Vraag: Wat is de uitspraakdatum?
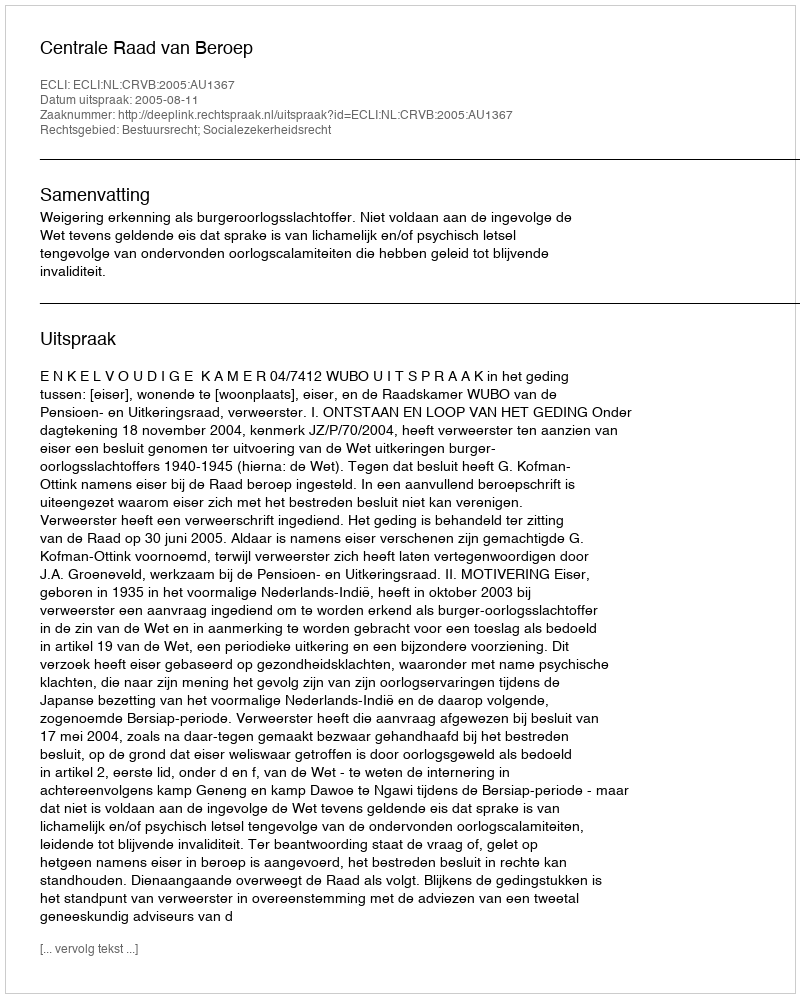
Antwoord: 2005-08-11